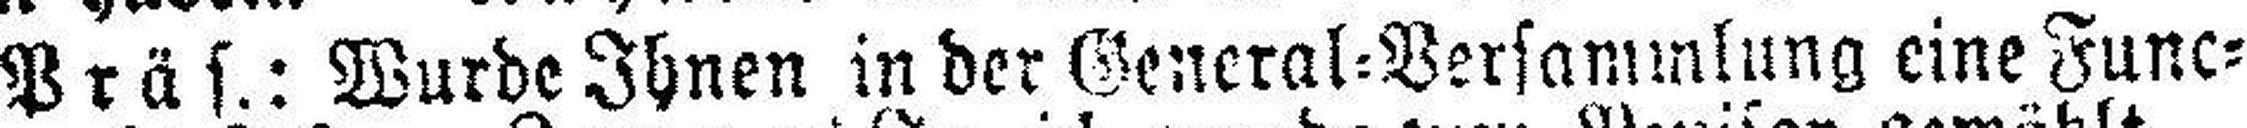
Präs.: Wurde Ihnen in der General=Versammnlung eine Func¬